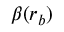
\beta ( r _ { b } )